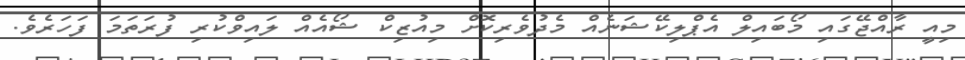
މިއީ ރާއްޖޭގައި މޯބައިލް އެޕްލިކޭޝަނެއް މެދުވެރިކޮށް މިއުޒިކް ޝޯއެއް ލައިވްކުރި ފުރަތަމަ ފަހަރެވެ.